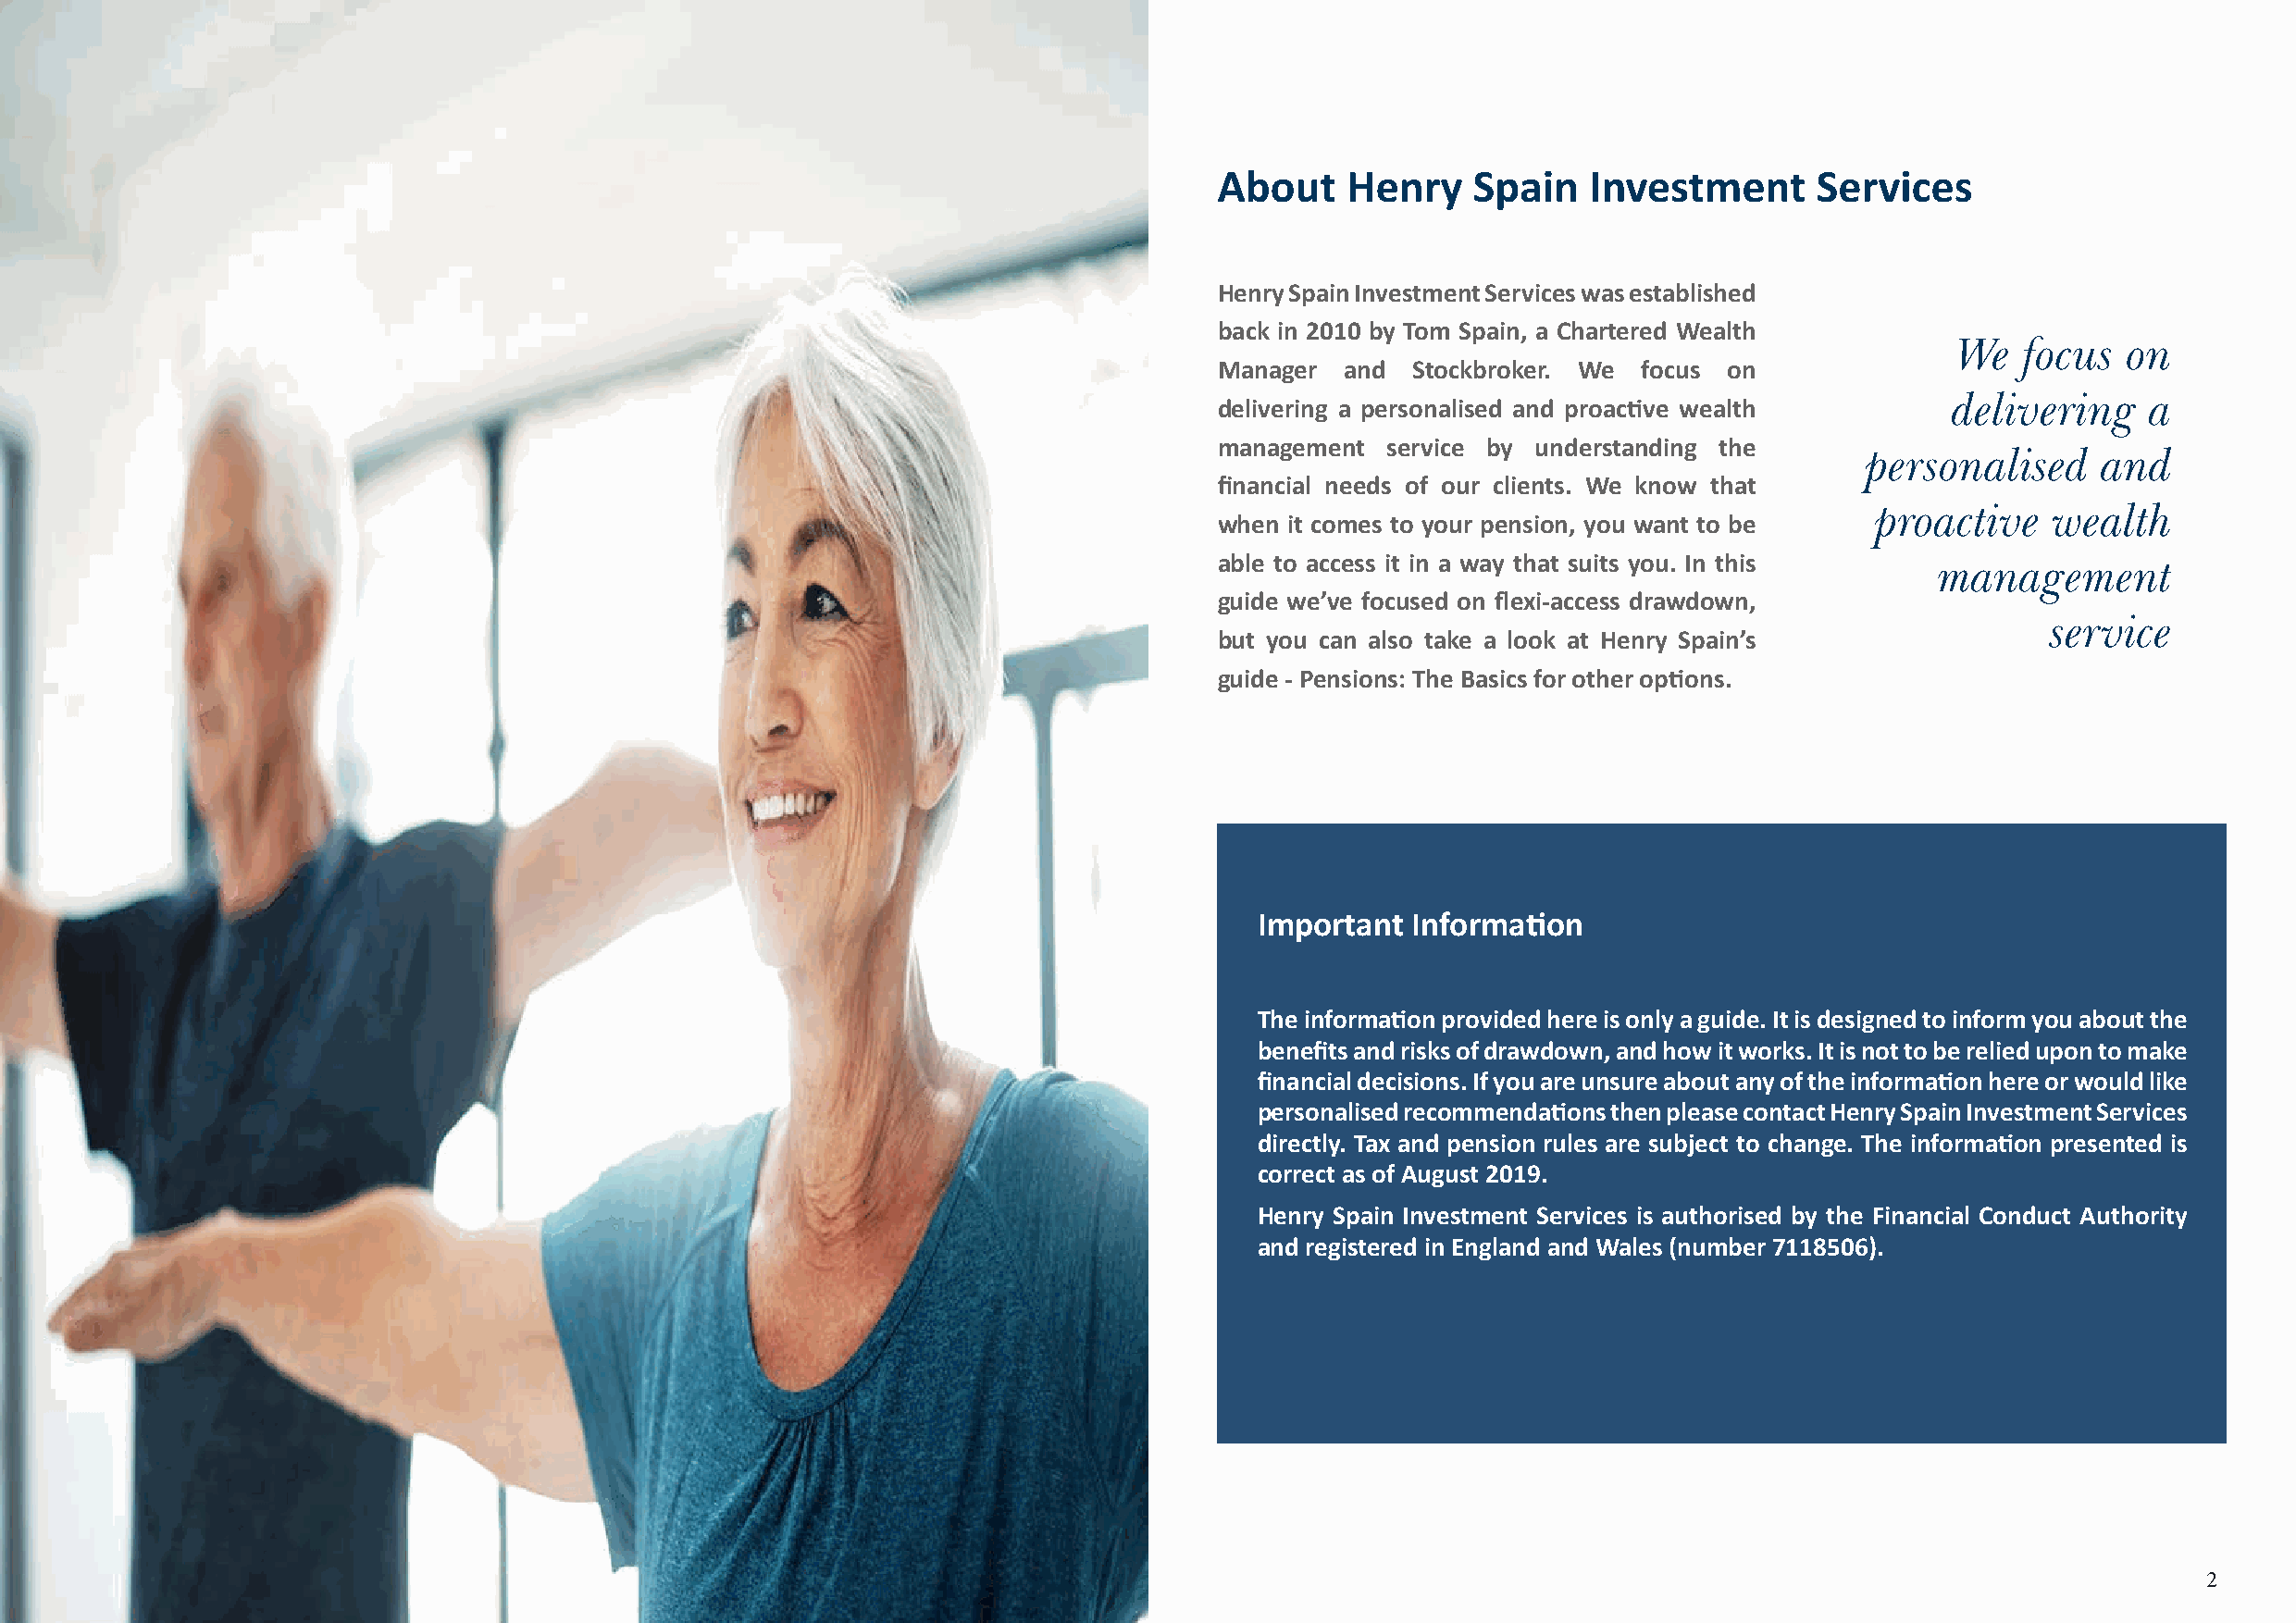
About    Henry    Spain    Investment      Services
 Henry Spain Investment Services was established
 back in 2010 by Tom Spain, a Chartered Wealth
 We   focus  on
 Manager  and  Stockbroker. We focus  on
 delivering    a
 delivering a personalised and proactive wealth
 management  service by understanding the
 personalised     and
 financial needs of our clients. We know that
 proactive    wealth
 when it comes to your pension, you want to be
 able to access it in a way that suits you. In this  management
 guide we’ve focused on flexi-access drawdown,
 service
 but you can also take a look at Henry Spain’s
 guide - Pensions: The Basics for other options.
 Important  Information
 The information provided here is only a guide. It is designed to inform you about the
 benefits and risks of drawdown, and how it works. It is not to be relied upon to make
 financial decisions. If you are unsure about any of the information here or would like
 personalised recommendations then please contact Henry Spain Investment Services
 directly. Tax and pension rules are subject to change. The information presented is
 correct as of August 2019.
 Henry Spain Investment Services is authorised by the Financial Conduct Authority
 and registered in England and Wales (number 7118506).
 To find out more you can make an
 appointment with us on our website at
 www.henryspain.co.uk/contactus or simply
 pop into one of our conveniently located
 offices in Market Harborough or Oakham.
 1                                                                                                                                                        2